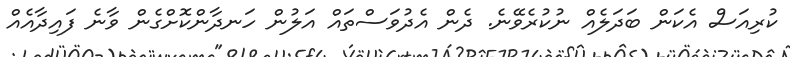
ކުރިއަސް އެކަން ބަދަލެއް ނުކުރެވޭނެ. ދެން އެދުވަސްތައް އަލުން ހަނދާންކޮށްގެން ވާނެ ފައިދާއެއް